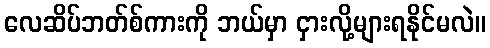
လေဆိပ်ဘတ်စ်ကားကို ဘယ်မှာ ငှားလို့များရနိုင်မလဲ။